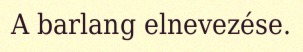
A barlang elnevezése.